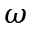
\omega